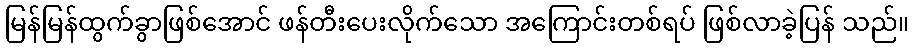
မြန်မြန်ထွက်ခွာဖြစ်အောင် ဖန်တီးပေးလိုက်သော အကြောင်းတစ်ရပ် ဖြစ်လာခဲ့ပြန် သည်။